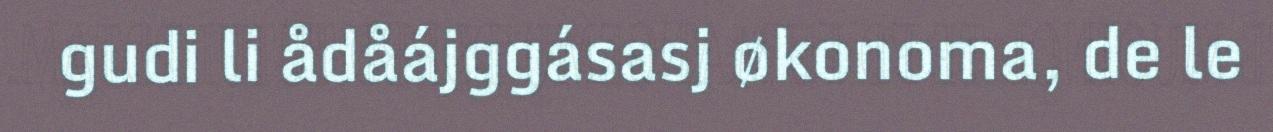
gudi li ådåájggásasj økonoma, de le